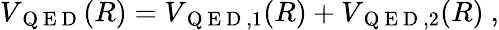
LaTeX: V_{\mathrm{~Q~E~D~}}(R)=V_{\mathrm{~Q~E~D~},1}(R)+V_{\mathrm{~Q~E~D~},2}(R)\ ,